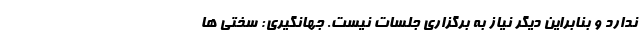
ندارد و بنابراین دیگر نیاز به برگزاری جلسات نیست. جهانگیری: سختی ها